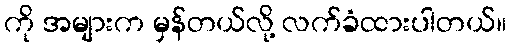
ကို အများက မှန်တယ်လို့ လက်ခံထားပါတယ်။